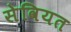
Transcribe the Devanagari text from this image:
सेवियत